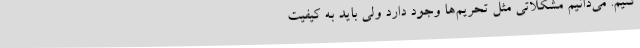
کنیم‌. می‌دانیم مشکلاتی مثل تحریم‌ها وجود دارد ولی باید به کیفیت